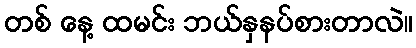
တစ် နေ့ ထမင်း ဘယ်နှနပ်စားတာလဲ။